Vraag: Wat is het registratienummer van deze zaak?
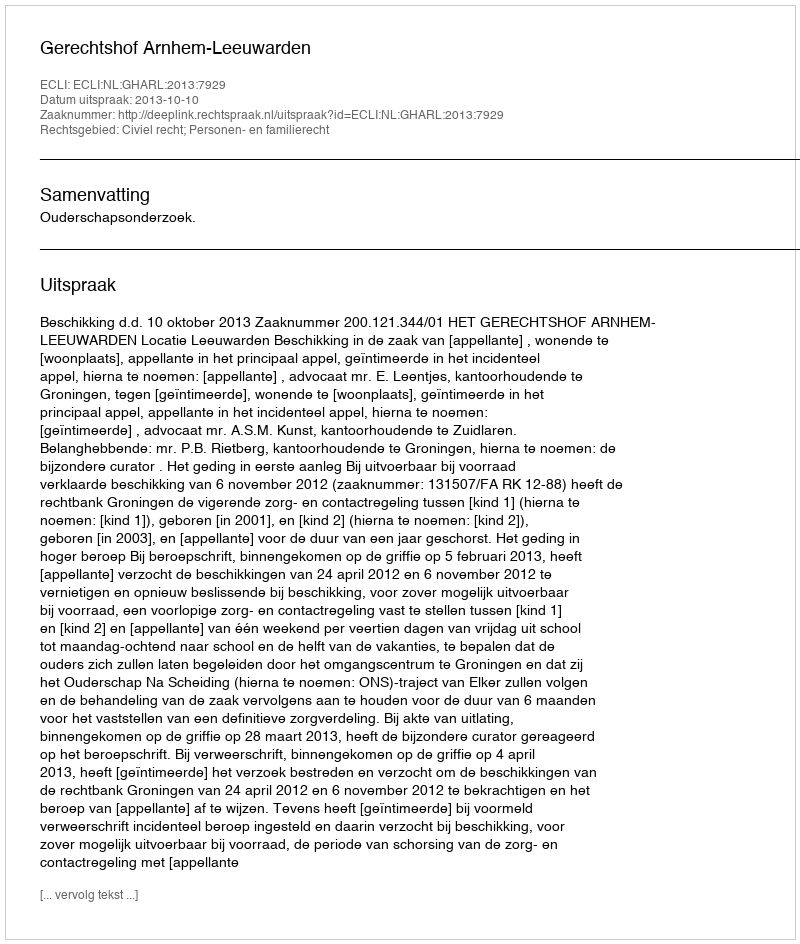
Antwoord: http://deeplink.rechtspraak.nl/uitspraak?id=ECLI:NL:GHARL:2013:7929